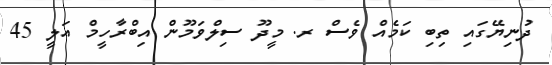
ދުނިޔޭގައި ތިބި ކަމެއް ވެސް ރ. މީދޫ ސިލްވަމޫން އިބްރާހީމް އަލީ 45